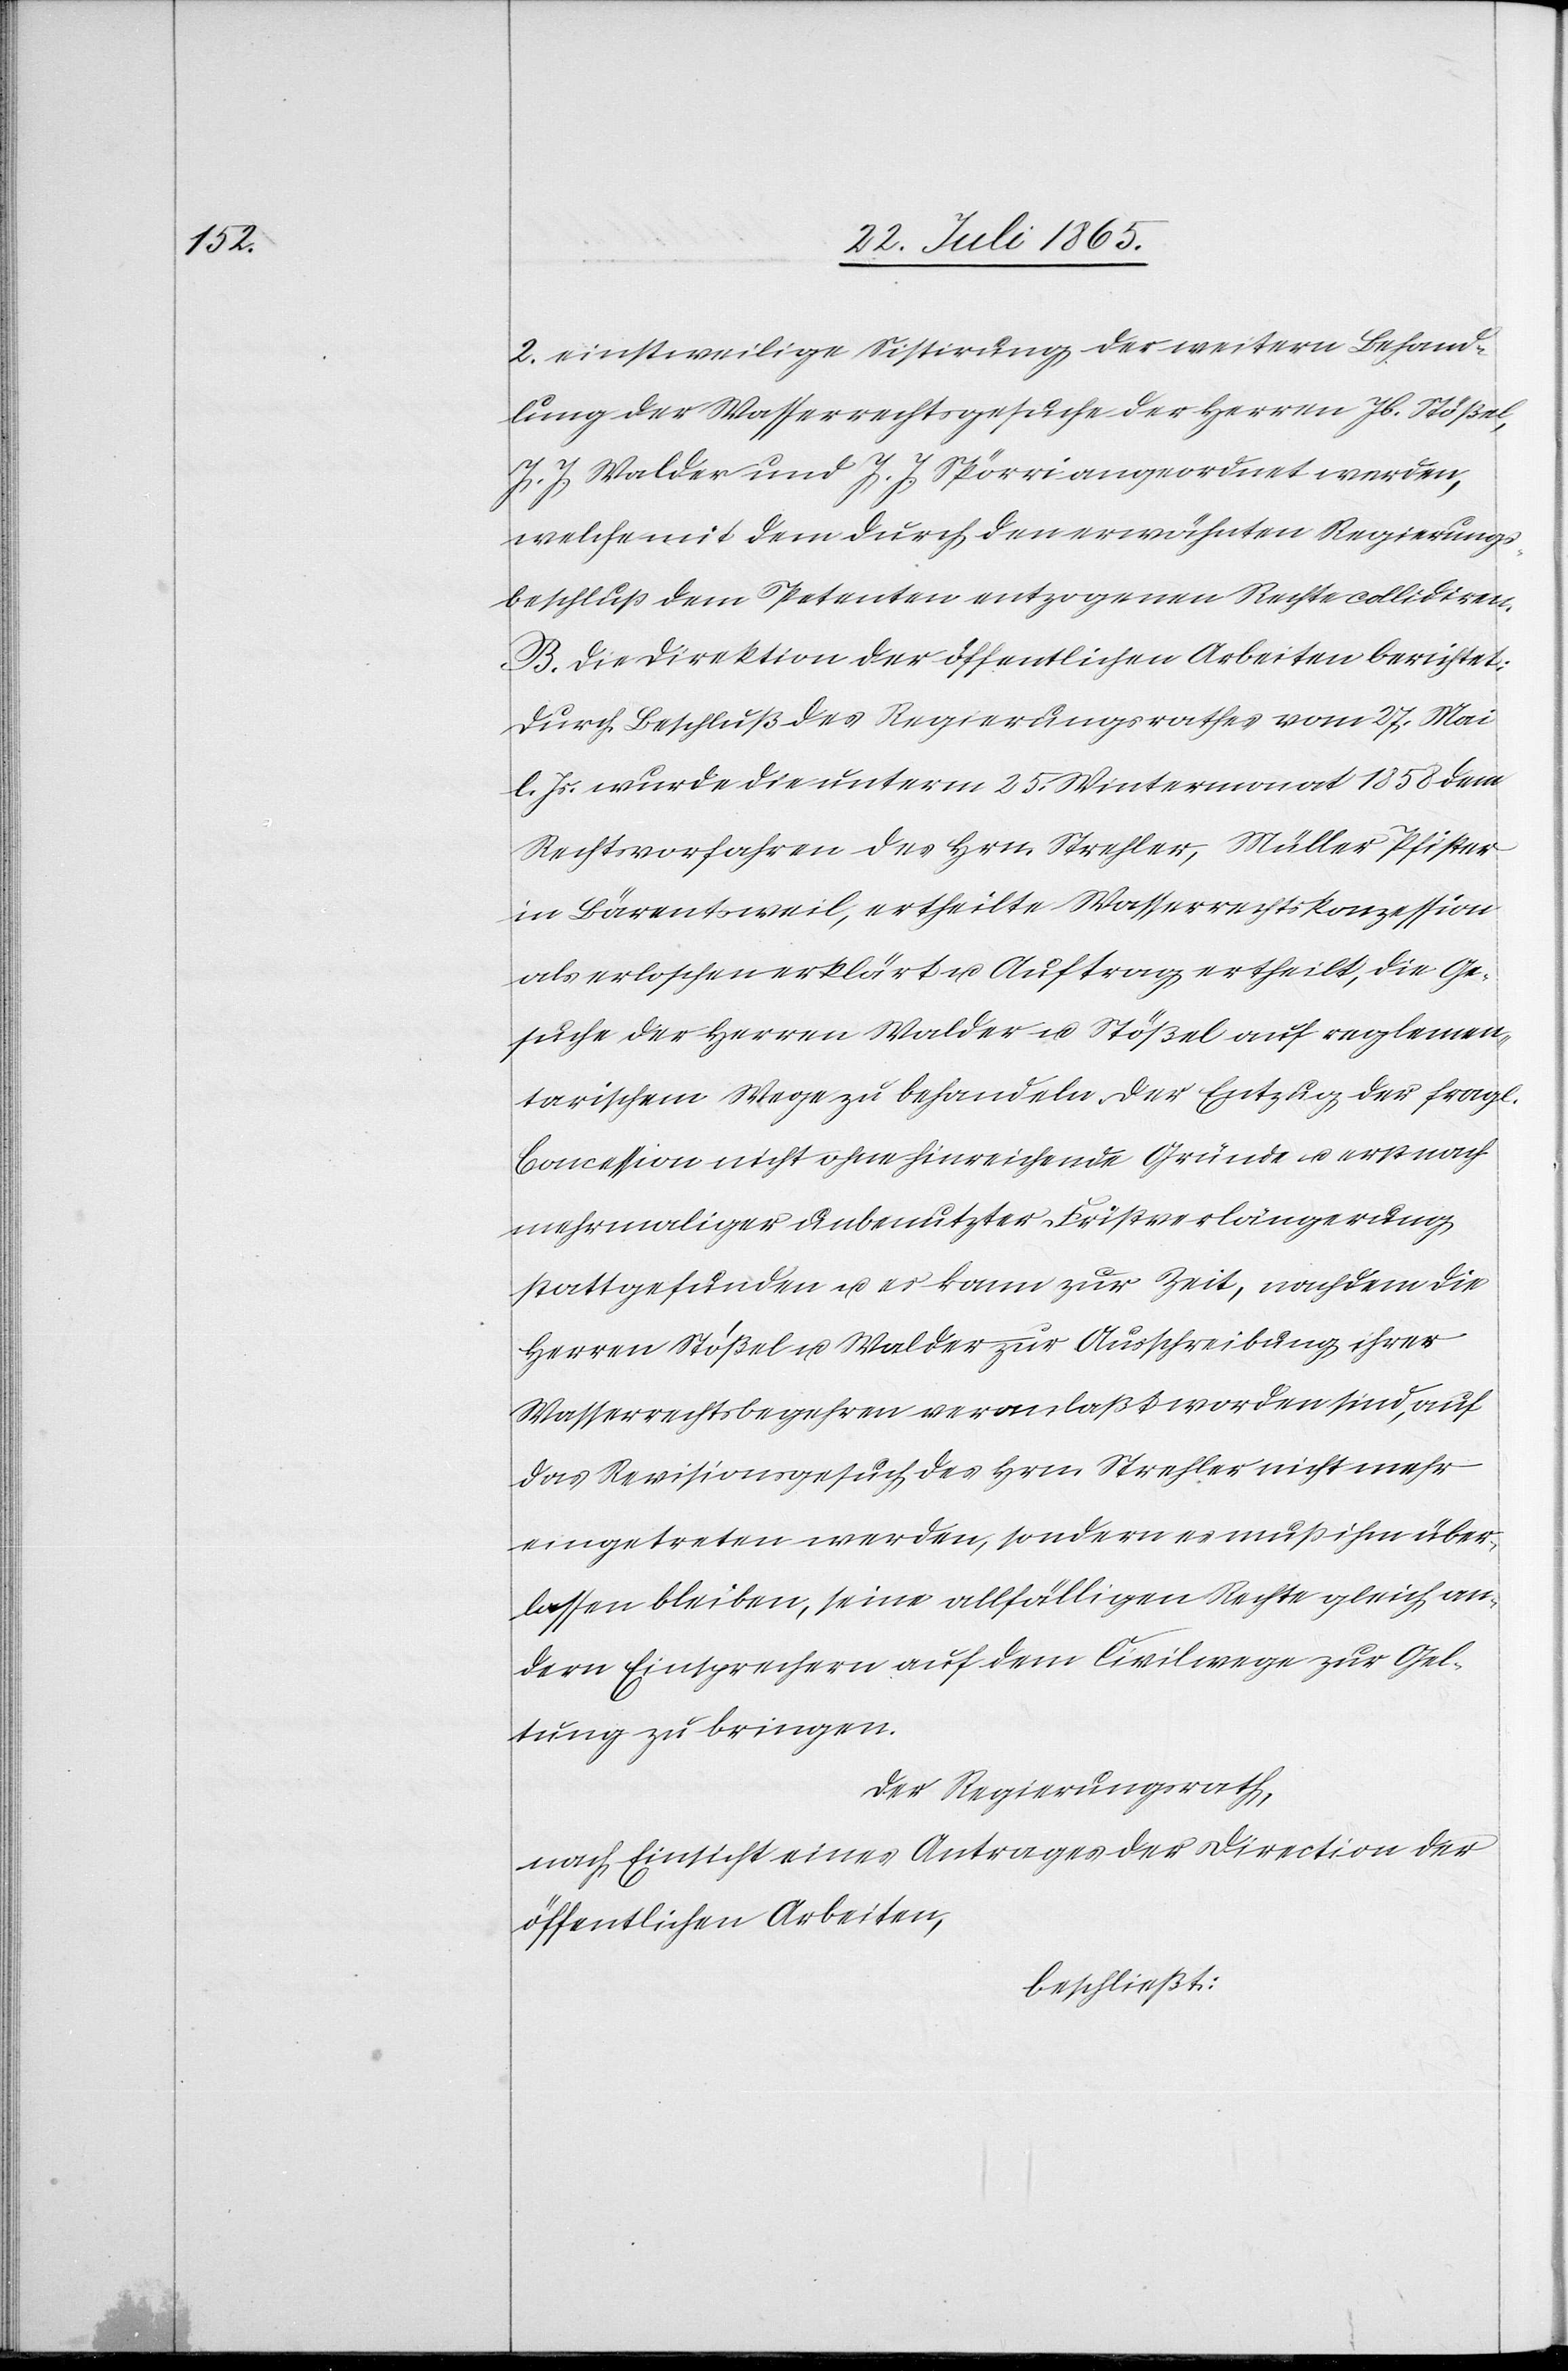
2. einstweilige Sistirung der weitern Behand¬
lung der Wasserrechtsgesuche der Herren Jb. Stößel,
J. J. Walder und J. J. Spörri angeordnet werden,
welche mit dem durch den erwähnten Regierungs¬
beschluß dem Petenten entzogenen Rechte collidiren.
B. Die Direktion der öffentlichen Arbeiten berichtet:
Durch Beschluß des Regierungsrathes vom 27. Mai
l. Js. wurde die unterm 25. Wintermonat 1858 dem
Rechtsvorfahren des Hrn. Strehler, Müller Pfister
in Bärentsweil, ertheilte Wasserrechtskonzession
als erloschen erklärt u. Auftrag ertheilt, die Ge¬
suche der Herren Walder u. Stößel auf reglemen¬
tarischem Wege zu behandeln. Der Entzug der fragl.
Concession nicht ohne hinreichende Gründe u. erst nach
mehrmaliger unbenutzter Fristverlängerung
stattgefunden u. es kann zur Zeit, nachdem die
Herren Stößel u. Walder zur Ausschreibung ihrer
Wasserrechtsbegehren veranlaßt worden sind, auf
das Revisionsgesuch des Hrn. Strehler nicht mehr
eingetreten werden, sondern es muß ihm über¬
lassen bleiben, seine allfälligen Rechte gleich an¬
dern Einsprachen auf dem Civilwege zur Gel¬
tung zu bringen.
Der Regierungsrath,
nach Einsicht eines Antrages der Direction der
öffentlichen Arbeiten,
beschließt: